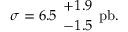
\sigma = 6 . 5 \ { + 1 . 9 \atop - 1 . 5 } \ \mathrm { p b } .